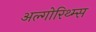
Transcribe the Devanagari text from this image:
अल्गोरिथ्म्स